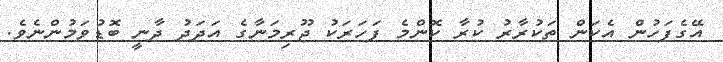
އޭގެފަހުން އެކަން ތަކުރާރު ކުރާ ކޮންމެ ފަހަރަކު ޖޫރިމަނާގެ އަދަދު ދާނީ ބޮޑުވަމުންނެވެ.